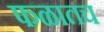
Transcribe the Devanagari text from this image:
फळातच